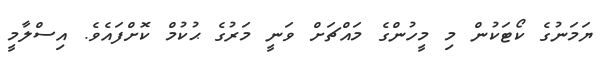
ޔަމަނުގެ ކޯޓަކުން މި މީހުންގެ މައްޗަށް ވަނީ މަރުގެ ޙުކުމް ކޮށްފައެވެ. އިސްލާމީ